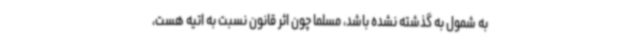
به شمول به گذشته نشده باشد، مسلما چون اثر قانون نسبت به اتیه هست،